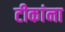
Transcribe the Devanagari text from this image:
टीकांना